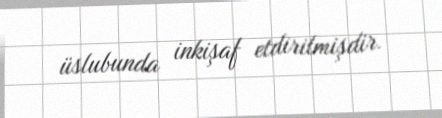
üslubunda inkişaf etdirilmişdir.